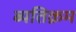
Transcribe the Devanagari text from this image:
ब्यतिक्रम